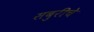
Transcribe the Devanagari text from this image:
सबुरीचे